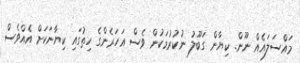
މައްސަލައެއް ނޫން. ކިޔާން ގަބޫލު ނުކުރުމަކުން ވެސް އަހަރެންގެ ހިތުގައި ކިޔާނަކަށް އެއްވެސް